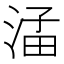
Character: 𪶖